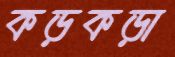
কড়কড়া